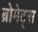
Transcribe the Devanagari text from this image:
ब्रोमेट्स